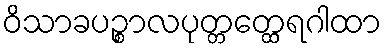
ဝိသာခပဉ္စာလပုတ္တတ္ထေရဂါထာ